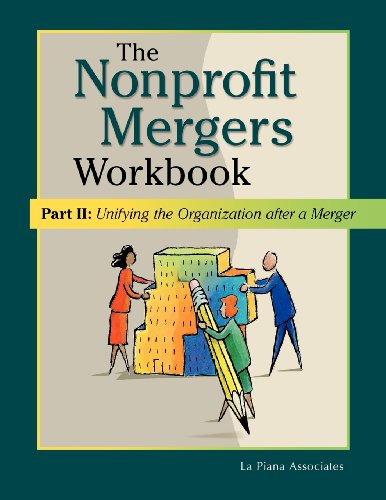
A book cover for The Nonprofit Mergers Workbook Part II: Unifying the Organization after a Merger; La Piana Associates; Business & Money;